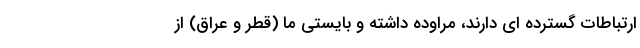
ارتباطات گسترده ای دارند، مراوده داشته و بایستی ما (قطر و عراق) از